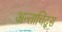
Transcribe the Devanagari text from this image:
अन्ताचिद्स